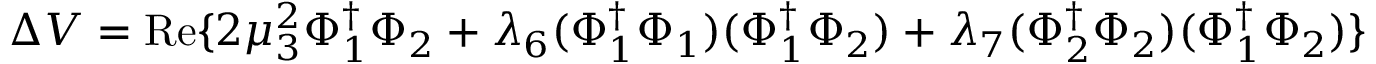
\Delta V = \mathrm { R e } \{ 2 \mu _ { 3 } ^ { 2 } \Phi _ { 1 } ^ { \dagger } \Phi _ { 2 } + \lambda _ { 6 } ( \Phi _ { 1 } ^ { \dagger } \Phi _ { 1 } ) ( \Phi _ { 1 } ^ { \dagger } \Phi _ { 2 } ) + \lambda _ { 7 } ( \Phi _ { 2 } ^ { \dagger } \Phi _ { 2 } ) ( \Phi _ { 1 } ^ { \dagger } \Phi _ { 2 } ) \}